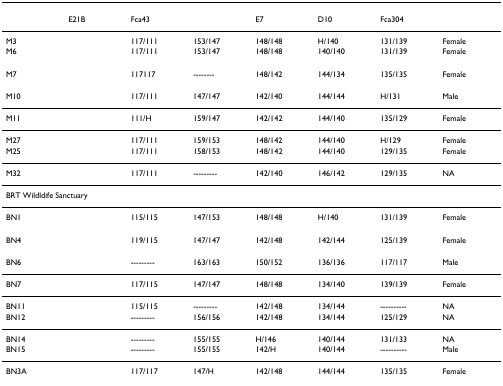
<table><thead><tr><td colspan="8">[EMPTY_CELL]</td></tr><tr><td>[EMPTY_CELL]</td><td><b>E21B</b></td><td><b>Fca43</b></td><td>[EMPTY_CELL]</td><td><b>E7</b></td><td><b>D10</b></td><td><b>Fca304</b></td><td>[EMPTY_CELL]</td></tr></thead><tbody><tr><td>M3</td><td>[EMPTY_CELL]</td><td>117/111</td><td>153/147</td><td>148/148</td><td>H/140</td><td>131/139</td><td>Female</td></tr><tr><td>M6</td><td>[EMPTY_CELL]</td><td>117/111</td><td>153/147</td><td>148/148</td><td>140/140</td><td>131/139</td><td>Female</td></tr><tr><td>M7</td><td>[EMPTY_CELL]</td><td>117117</td><td>--------</td><td>148/142</td><td>144/134</td><td>135/135</td><td>Female</td></tr><tr><td>M10</td><td>[EMPTY_CELL]</td><td>117/111</td><td>147/147</td><td>142/140</td><td>144/144</td><td>H/131</td><td>Male</td></tr><tr><td>M11</td><td>[EMPTY_CELL]</td><td>111/H</td><td>159/147</td><td>142/142</td><td>144/140</td><td>135/129</td><td>Female</td></tr><tr><td>M27</td><td>[EMPTY_CELL]</td><td>117/111</td><td>159/153</td><td>148/142</td><td>144/140</td><td>H/129</td><td>Female</td></tr><tr><td>M25</td><td>[EMPTY_CELL]</td><td>117/111</td><td>158/153</td><td>148/142</td><td>144/140</td><td>129/135</td><td>Female</td></tr><tr><td>M32</td><td>[EMPTY_CELL]</td><td>117/111</td><td>---------</td><td>142/140</td><td>146/142</td><td>129/135</td><td>NA</td></tr><tr><td colspan="8">BRT Wildldife Sanctuary</td></tr><tr><td>BN1</td><td>[EMPTY_CELL]</td><td>115/115</td><td>147/153</td><td>148/148</td><td>H/140</td><td>131/139</td><td>Female</td></tr><tr><td>BN4</td><td>[EMPTY_CELL]</td><td>119/115</td><td>147/147</td><td>142/148</td><td>142/144</td><td>125/139</td><td>Female</td></tr><tr><td>BN6</td><td>[EMPTY_CELL]</td><td>---------</td><td>163/163</td><td>150/152</td><td>136/136</td><td>117/117</td><td>Male</td></tr><tr><td>BN7</td><td>[EMPTY_CELL]</td><td>117/115</td><td>147/147</td><td>148/148</td><td>134/140</td><td>139/139</td><td>Female</td></tr><tr><td>BN11</td><td>[EMPTY_CELL]</td><td>115/115</td><td>---------</td><td>142/148</td><td>134/144</td><td>----------</td><td>NA</td></tr><tr><td>BN12</td><td>[EMPTY_CELL]</td><td>---------</td><td>156/156</td><td>142/148</td><td>134/144</td><td>125/129</td><td>NA</td></tr><tr><td>BN14</td><td>[EMPTY_CELL]</td><td>---------</td><td>155/155</td><td>H/146</td><td>140/144</td><td>131/133</td><td>NA</td></tr><tr><td>BN15</td><td>[EMPTY_CELL]</td><td>---------</td><td>155/155</td><td>142/H</td><td>140/144</td><td>----------</td><td>Male</td></tr><tr><td>BN3A</td><td>[EMPTY_CELL]</td><td>117/117</td><td>147/H</td><td>142/148</td><td>144/144</td><td>135/135</td><td>Female</td></tr></tbody></table>